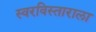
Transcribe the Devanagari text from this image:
स्वरविस्ताराला